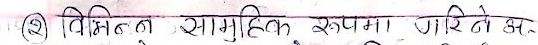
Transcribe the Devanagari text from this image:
विभिन्न सामूहिक रूपमा पारिने अ.